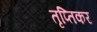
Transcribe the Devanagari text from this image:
तृप्तिकर